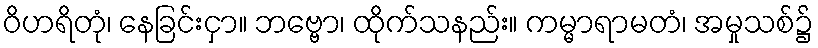
ဝိဟရိတုံ၊ နေခြင်းငှာ။ ဘဗ္ဗော၊ ထိုက်သနည်း။ ကမ္မာရာမတံ၊ အမှုသစ်၌